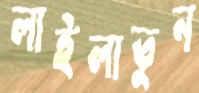
লাইলাতুন